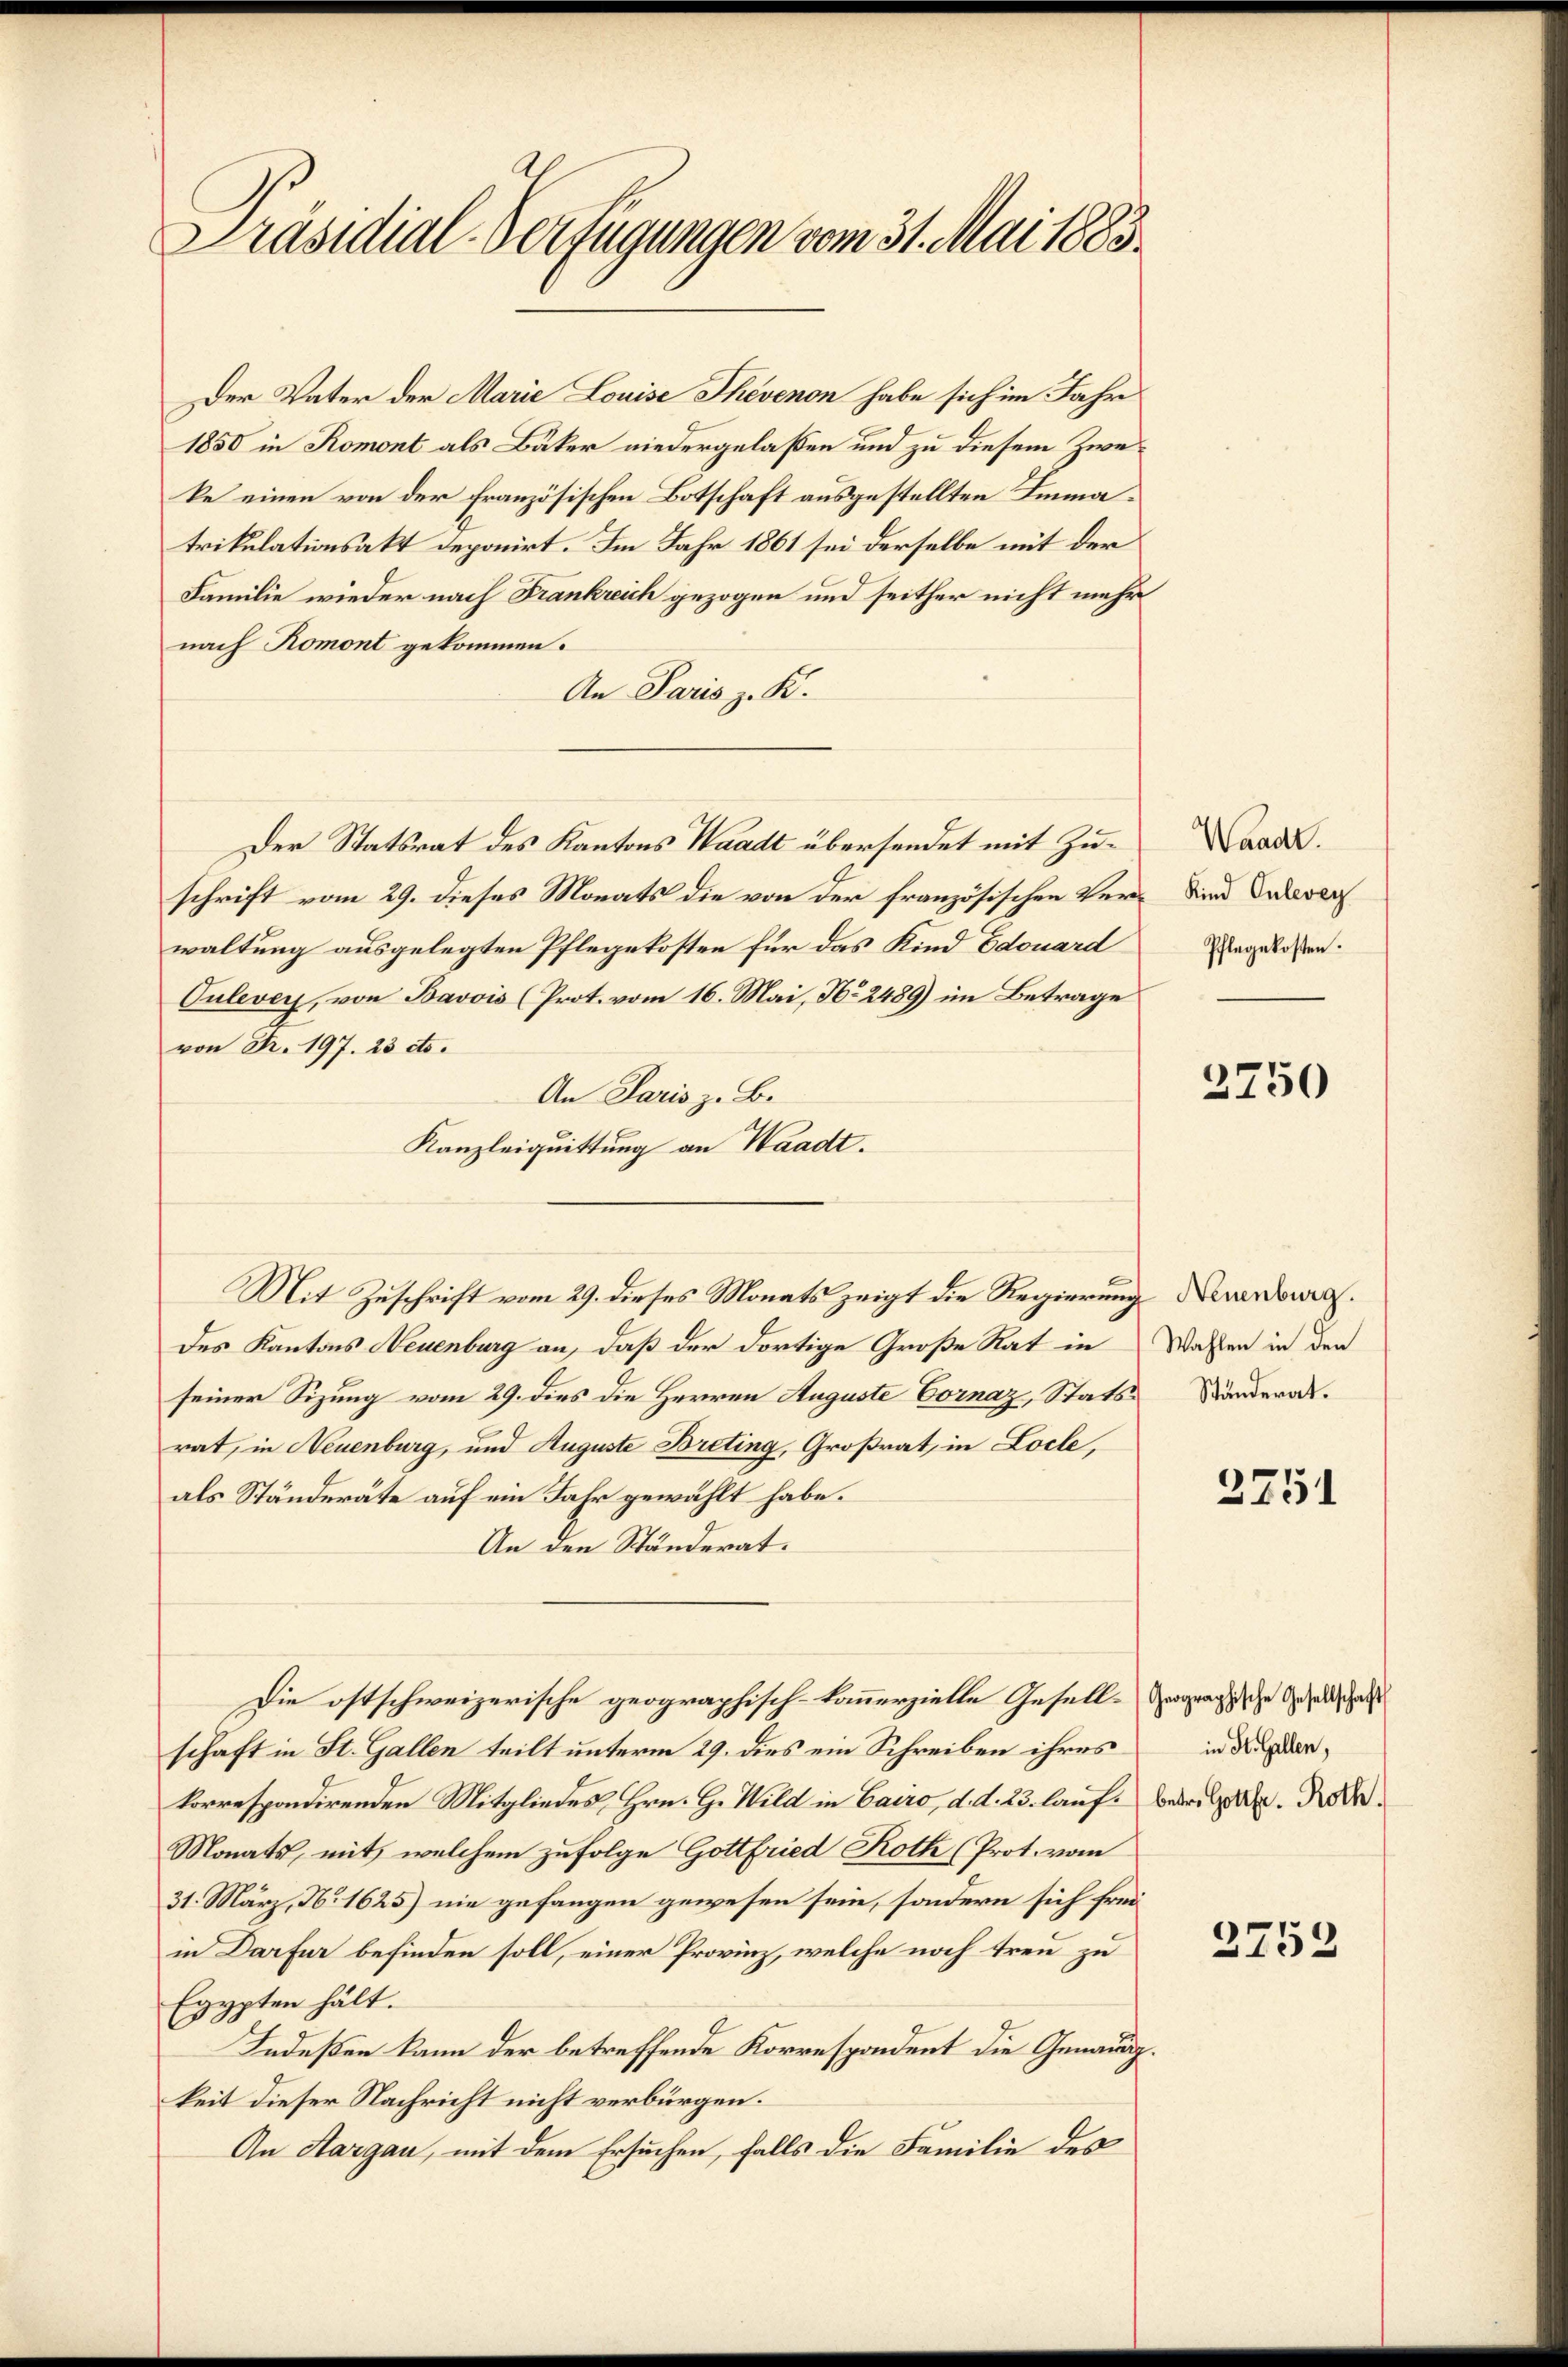
Präsidial-Verfügungen vom 31. Mai 1883.

Der Vater der Marie Louise Thevenon habe sich im Jahr
1850 in Romont als Bäker niedergelassen und zu diesem Zweke einen von der französischen Botschaft ausgestellten Immatrikulationsakt deponirt. Im Jahr 1861 sei derselbe mit der
Familie wieder nach Frankreich gezogen und seither nicht mehr
nach Romont gekommen.
An Paris z. K.
Der Statsrat des Kantons Waadt übersendet mit Zuschrift vom 29. dieses Monats die von der französischen Verwaltung ausgelegten Pflegekosten für das Kind Edouard
Culever, von Bavvis (Prot. vom 16. Mai, No 2489) im Betrage
von Fr. 197. 23 dto.
An Paris z. B.
Kanzleiquittung an Waadt.
Des Kantons Neuenburg an, daß der dortige Große Rat in
seiner Sizung vom 29. dies die Herren Auguste Cornaz, Stats Banderarrat, in Neuenburg, und Auguste Breting, Großrat, in Locle,
als Ständeräte auf ein Jahr gewählt habe.
An den Ständerat.
Die ostschweizerische geographisch-konmerzielle Gesell-Verganische Gesandt hat
schaft in St. Gallen teilt unterm 29. dies ein Schreiben ihres
korrespondirenden Mitgliedes, Hrn. G. Wild in Cairo, d. d. 23. laufe besitzer. Nach¬
Monats, mit, welchem zufolge Gottfried Roth (Prot. vom
31. März, No. 1625) nie gefangen gewesen sein, sondern sich freiin Darfur befinden soll, einer Provinz, welche noch treu zu
Egypten hält.
Indeßen kann der betreffende Korrespondent die Genauigkeit dieser Nachricht nicht verbürgen.
An Aargau, mit dem Ersuchen, falls die Familie des

Mit Zuschrift vom 29. dieses Monats zeigt die Regierung Neuenburg.

Waadt.
Kind Eulevey
Pflegekosten.

3750

Wahlen in den

2751

in St. Gallen,

2752